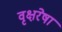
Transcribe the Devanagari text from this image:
वृक्षरेषा